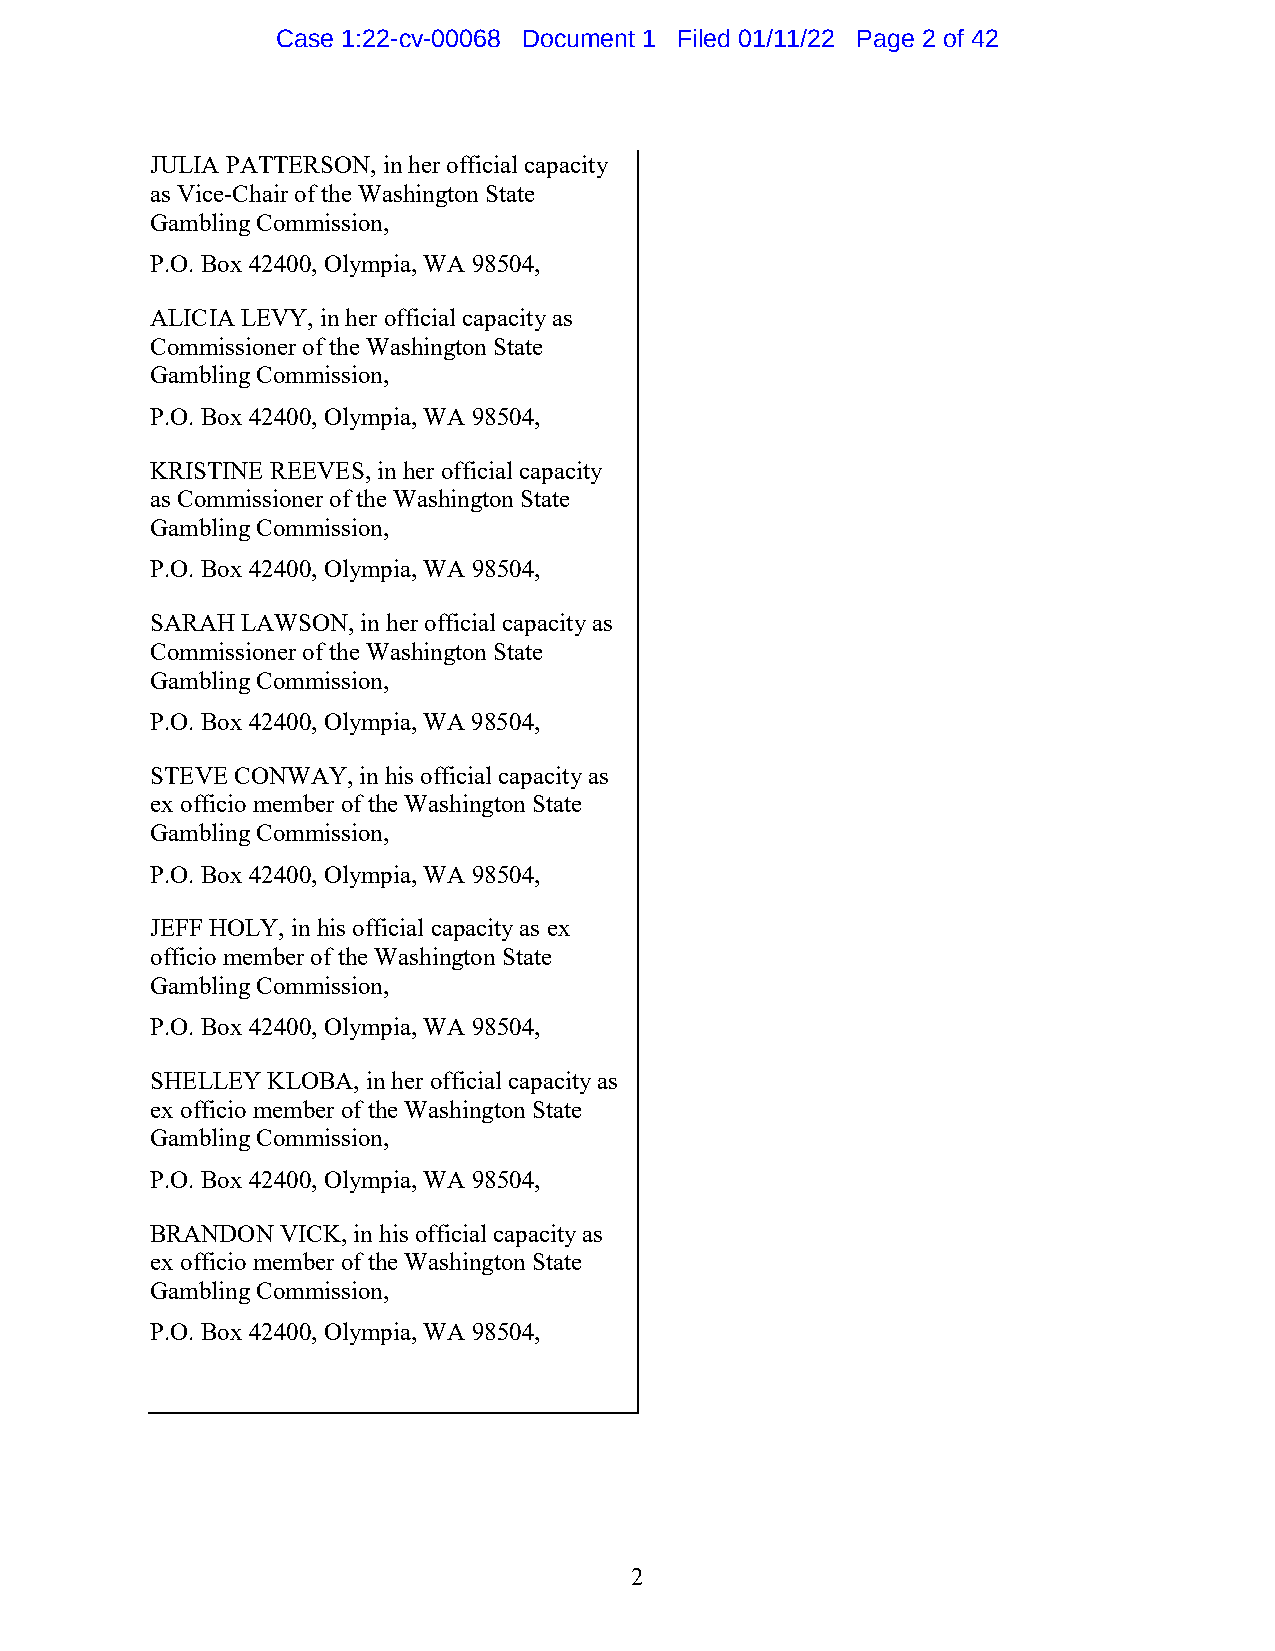
Case 1:22-cv-00068 Document 1 Filed 01/11/22 Page 2 of 42
 JULIA PATTERSON, in her official capacity
 as Vice-Chair of the Washington State
 Gambling Commission,
 P.O. Box 42400, Olympia, WA 98504,
 ALICIA LEVY, in her official capacity as
 Commissioner of the Washington State
 Gambling Commission,
 P.O. Box 42400, Olympia, WA 98504,
 KRISTINE REEVES, in her official capacity
 as Commissioner of the Washington State
 Gambling Commission,
 P.O. Box 42400, Olympia, WA 98504,
 SARAH LAWSON, in her official capacity as
 Commissioner of the Washington State
 Gambling Commission,
 P.O. Box 42400, Olympia, WA 98504,
 STEVE CONWAY, in his official capacity as
 ex officio member of the Washington State
 Gambling Commission,
 P.O. Box 42400, Olympia, WA 98504,
 JEFF HOLY, in his official capacity as ex
 officio member of the Washington State
 Gambling Commission,
 P.O. Box 42400, Olympia, WA 98504,
 SHELLEY KLOBA, in her official capacity as
 ex officio member of the Washington State
 Gambling Commission,
 P.O. Box 42400, Olympia, WA 98504,
 BRANDON  VICK, in his official capacity as
 ex officio member of the Washington State
 Gambling Commission,
 P.O. Box 42400, Olympia, WA 98504,
 2